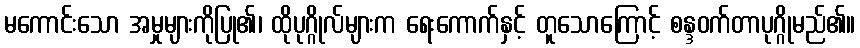
မကောင်းသော အမှုများကိုပြု၏၊ ထိုပုဂ္ဂိုလ်များက ရေးကောက်နှင့် တူသောကြောင့် စန္ဒဝက်တာပုဂ္ဂိုမည်၏။